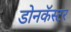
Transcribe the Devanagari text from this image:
डोनकॅस्टर